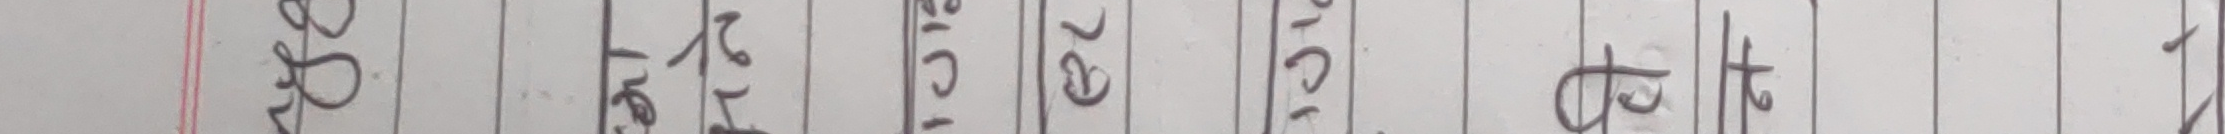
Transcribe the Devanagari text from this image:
बरू तरिका रर